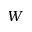
W